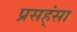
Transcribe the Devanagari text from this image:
प्रसह्ंसा